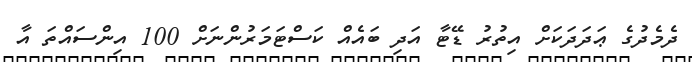
ދެމެދުގެ ޢަދަދަކަށް އިތުރު ޑޭޓާ އަދި ބައެއް ކަސްޓަމަރުންނަށް 100 އިންސައްތަ އާ